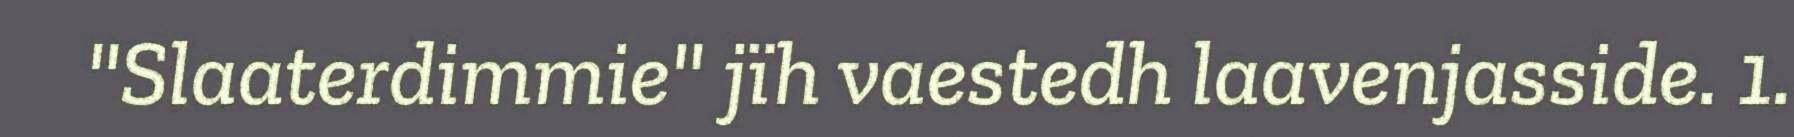
"Slaaterdimmie" jïh vaestedh laavenjasside. 1.